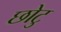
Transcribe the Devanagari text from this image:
छोटु